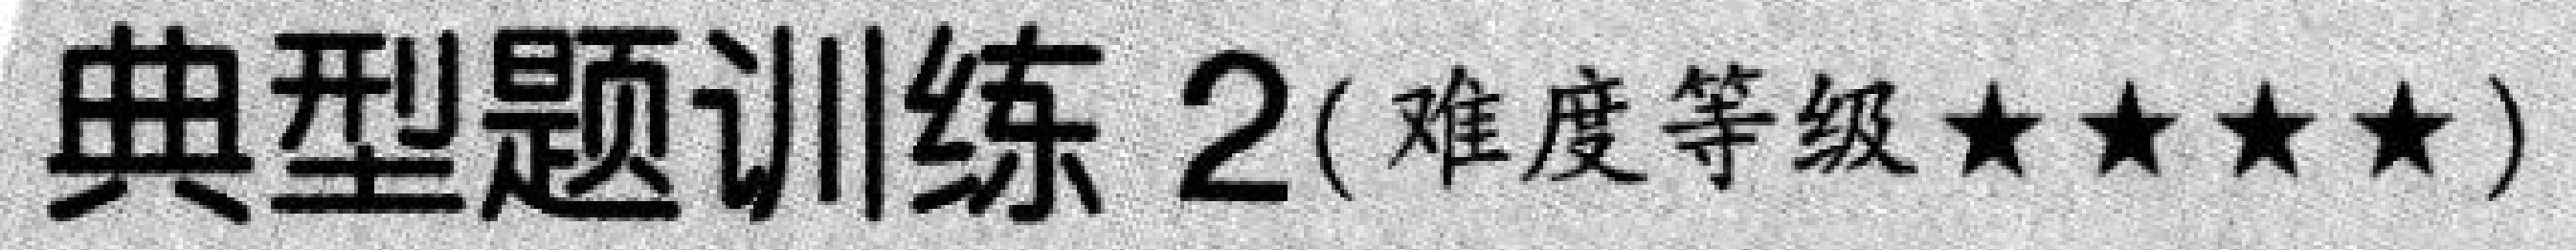
典型题训练 2(难度等级★★★★)